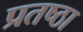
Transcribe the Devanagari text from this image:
प्रतष्ठा